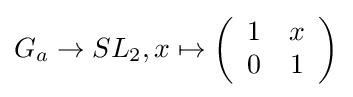
G_{a}\to SL_{2},x\mapsto \left({\begin{array}{cc}1&x\\0&1\end{array}}\right)